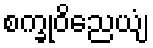
စက္ခုဝိညေယျံ